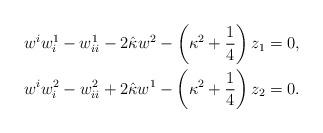
LaTeX: \begin{gather*}w^iw^1_i-w^1_{ii}-2\hat\kappa w^2-\left(\kappa^2+\frac14\right)z_1=0,\\w^iw^2_i-w^2_{ii}+2\hat\kappa w^1-\left(\kappa^2+\frac14\right)z_2=0.\end{gather*}